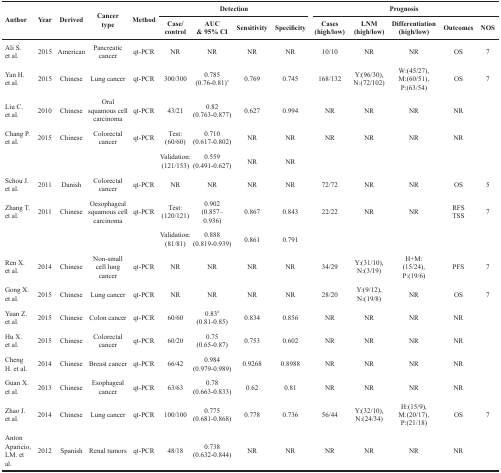
<table><thead><tr><td rowspan="2"><b>Author</b></td><td rowspan="2"><b>Year</b></td><td rowspan="2"><b>Derived</b></td><td rowspan="2"><b>Cancer type</b></td><td rowspan="2"><b>Method</b></td><td colspan="4"><b>Detection</b></td><td colspan="5"><b>Prognosis</b></td></tr><tr><td><b>Case/ control</b></td><td><b>AUC&amp; 95% CI</b></td><td><b>Sensitivity</b></td><td><b>Specificity</b></td><td><b>Cases (high/low)</b></td><td><b>LNM(high/low)</b></td><td><b>Differentiation(high/low)</b></td><td><b>Outcomes</b></td><td><b>NOS</b></td></tr></thead><tbody><tr><td>Ali S. et al.</td><td>2015</td><td>American</td><td>Pancreatic cancer</td><td>qt-PCR</td><td>NR</td><td>NR</td><td>NR</td><td>NR</td><td>10/10</td><td>NR</td><td>NR</td><td>OS</td><td>7</td></tr><tr><td>Yan H. et al.</td><td>2015</td><td>Chinese</td><td>Lung cancer</td><td>qt-PCR</td><td>300/300</td><td>0.785(0.76-0.81)*</td><td>0.769</td><td>0.745</td><td>168/132</td><td>Y:(96/30),N:(72/102)</td><td>W:(45/27),M:(60/51),P:(63/54)</td><td>OS</td><td>7</td></tr><tr><td>Liu C. et al.</td><td>2010</td><td>Chinese</td><td>Oral squamous cell carcinoma</td><td>qt-PCR</td><td>43/21</td><td>0.82 (0.763-0.877)</td><td>0.627</td><td>0.994</td><td>NR</td><td>NR</td><td>NR</td><td>NR</td><td></td></tr><tr><td>Chang P. et al.</td><td>2015</td><td>Chinese</td><td>Colorectal cancer</td><td>qt-PCR</td><td>Test: (60/60)</td><td>0.710(0.617-0.802)</td><td>NR</td><td>NR</td><td>NR</td><td>NR</td><td>NR</td><td>NR</td><td></td></tr><tr><td></td><td></td><td></td><td></td><td></td><td>Validation: (121/153)</td><td>0.559(0.491-0.627)</td><td>NR</td><td>NR</td><td></td><td></td><td></td><td></td><td></td></tr><tr><td>Schou J. et al.</td><td>2011</td><td>Danish</td><td>Colorectal cancer</td><td>qt-PCR</td><td>NR</td><td>NR</td><td>NR</td><td>NR</td><td>72/72</td><td>NR</td><td>NR</td><td>OS</td><td>5</td></tr><tr><td>Zhang T. et al.</td><td>2011</td><td>Chinese</td><td>Oesophageal squamous cell carcinoma</td><td>qt-PCR</td><td>Test: (120/121)</td><td>0.902(0.857–0.936)</td><td>0.867</td><td>0.843</td><td>22/22</td><td>NR</td><td>NR</td><td>RFSTSS</td><td>7</td></tr><tr><td></td><td></td><td></td><td></td><td></td><td>Validation: (81/81)</td><td>0.888(0.819-0.939)</td><td>0.861</td><td>0.791</td><td></td><td></td><td></td><td></td><td></td></tr><tr><td>Ren X. et al.</td><td>2014</td><td>Chinese</td><td>Non-small cell lung cancer</td><td>qt-PCR</td><td>NR</td><td>NR</td><td>NR</td><td>NR</td><td>34/29</td><td>Y:(31/10),N:(3/19)</td><td>H+M:(15/24),P:(19/6)</td><td>PFS</td><td>7</td></tr><tr><td>Gong X. et al.</td><td>2015</td><td>Chinese</td><td>Lung cancer</td><td>qt-PCR</td><td>NR</td><td>NR</td><td>NR</td><td>NR</td><td>28/20</td><td>Y:(9/12),N:(19/8)</td><td>NR</td><td>OS</td><td>7</td></tr><tr><td>Yuan Z. et al.</td><td>2015</td><td>Chinese</td><td>Colon cancer</td><td>qt-PCR</td><td>60/60</td><td>0.83<sup>#</sup>(0.81-0.85)</td><td>0.834</td><td>0.856</td><td>NR</td><td>NR</td><td>NR</td><td>NR</td><td></td></tr><tr><td>Hu X. et al.</td><td>2015</td><td>Chinese</td><td>Colorectal cancer</td><td>qt-PCR</td><td>60/20</td><td>0.75(0.65-0.87)</td><td>0.753</td><td>0.602</td><td>NR</td><td>NR</td><td>NR</td><td>NR</td><td></td></tr><tr><td>Cheng H. et al.</td><td>2014</td><td>Chinese</td><td>Breast cancer</td><td>qt-PCR</td><td>66/42</td><td>0.984(0.979-0.989)</td><td>0.9268</td><td>0.8988</td><td>NR</td><td>NR</td><td>NR</td><td>NR</td><td></td></tr><tr><td>Guan X. et al.</td><td>2013</td><td>Chinese</td><td>Esophageal cancer</td><td>qt-PCR</td><td>63/63</td><td>0.78(0.663-0.833)</td><td>0.62</td><td>0.81</td><td>NR</td><td>NR</td><td>NR</td><td>NR</td><td></td></tr><tr><td>Zhao J. et al.</td><td>2014</td><td>Chinese</td><td>Lung cancer</td><td>qt-PCR</td><td>100/100</td><td>0.775(0.681-0.868)</td><td>0.778</td><td>0.736</td><td>56/44</td><td>Y:(32/10),N:(24/34)</td><td>H:(15/9),M:(20/17),P:(21/18)</td><td>OS</td><td>7</td></tr><tr><td>Anton Aparicio, LM. et al.</td><td>2012</td><td>Spanish</td><td>Renal tumors</td><td>qt-PCR</td><td>48/18</td><td>0.738(0.632-0.844)</td><td>NR</td><td>NR</td><td>NR</td><td>NR</td><td>NR</td><td>NR</td><td></td></tr></tbody></table>